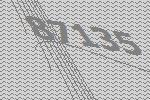
87135